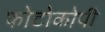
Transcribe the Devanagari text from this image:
फोटोकोपी